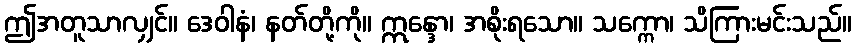
ဤအတူသာလျှင်။ ဒေဝါနံ၊ နတ်တို့ကို။ ဣန္ဒော၊ အစိုးရသော။ သက္ကော၊ သိကြားမင်းသည်။